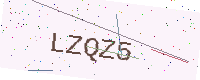
Text: LZQZ5